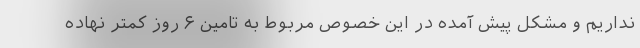
نداریم و مشکل پیش آمده در این خصوص مربوط به تامین ۶ روز کمتر نهاده